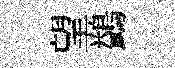
望鷁